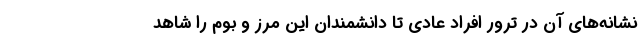
نشانه‌های آن در ترور افراد عادی تا دانشمندان این مرز و بوم را شاهد